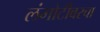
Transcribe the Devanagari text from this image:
लंगोटीवरचा